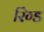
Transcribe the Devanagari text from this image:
रिंग्ड